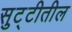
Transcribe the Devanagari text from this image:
सुट्टीतील